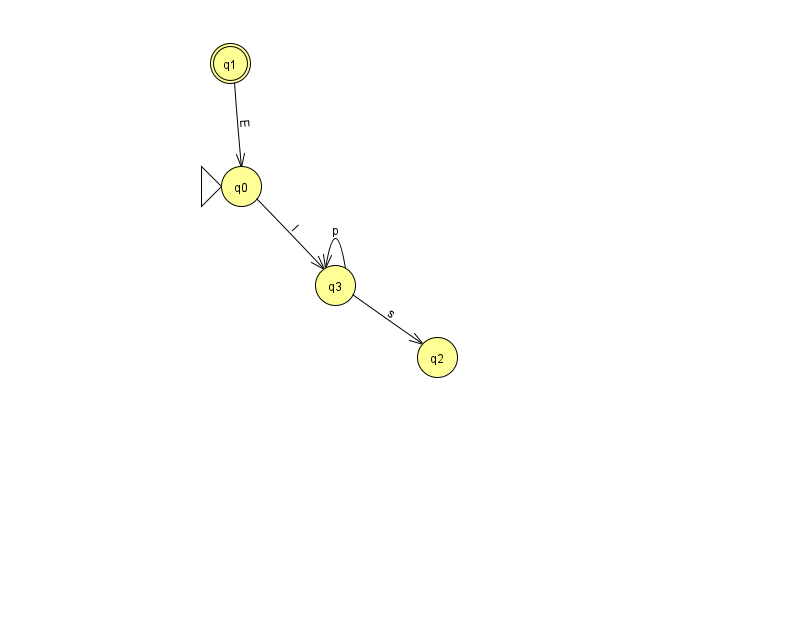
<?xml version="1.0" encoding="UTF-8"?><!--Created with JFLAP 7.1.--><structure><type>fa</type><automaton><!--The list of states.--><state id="0" name="q0"><x>241.0</x><y>173.0</y><initial/></state><state id="1" name="q1"><x>230.0</x><y>50.0</y><final/></state><state id="2" name="q2"><x>437.0</x><y>344.0</y></state><state id="3" name="q3"><x>335.0</x><y>272.0</y></state><!--The list of transitions.--><transition><from>3</from><to>3</to><read>p</read></transition><transition><from>1</from><to>0</to><read>E</read></transition><transition><from>3</from><to>2</to><read>s</read></transition><transition><from>0</from><to>3</to><read>I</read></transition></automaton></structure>